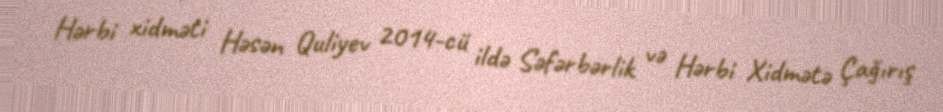
Hərbi xidməti Həsən Quliyev 2014-cü ildə Səfərbərlik və Hərbi Xidmətə Çağırış